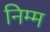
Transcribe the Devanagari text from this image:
निम्‍म